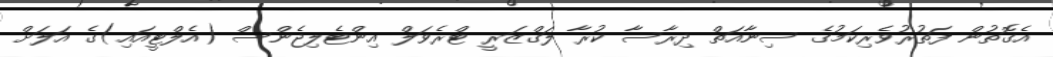
އެގޮތުން ފަތުރުވެރިކަމުގެ ސިނާއަތް ދިރާސާ ކުރާ ލަގްޒަރީ ޓްރެވަލް އިންޓެލިޖެންސް (އެލްޓީއައި)ގެ އަލަށް